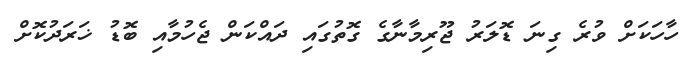
ހާހަކަށް ވުރެ ގިނަ ޑޮލަރު ޖޫރިމާނާގެ ގޮތުގައި ދައްކަން ޖެހުމާއި ބޮޑު ޚަރަދުކޮށް